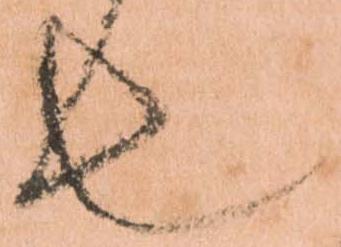
也